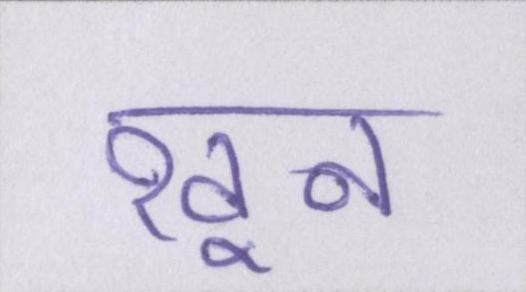
खून